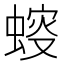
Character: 䗏